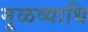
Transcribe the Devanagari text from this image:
मूळव्याधि